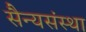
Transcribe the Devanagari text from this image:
सैन्यसंस्था